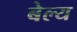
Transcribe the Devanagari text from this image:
बेल्य